Problem: 2 × 2 = ?
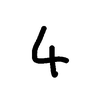
Handwritten answer: 4